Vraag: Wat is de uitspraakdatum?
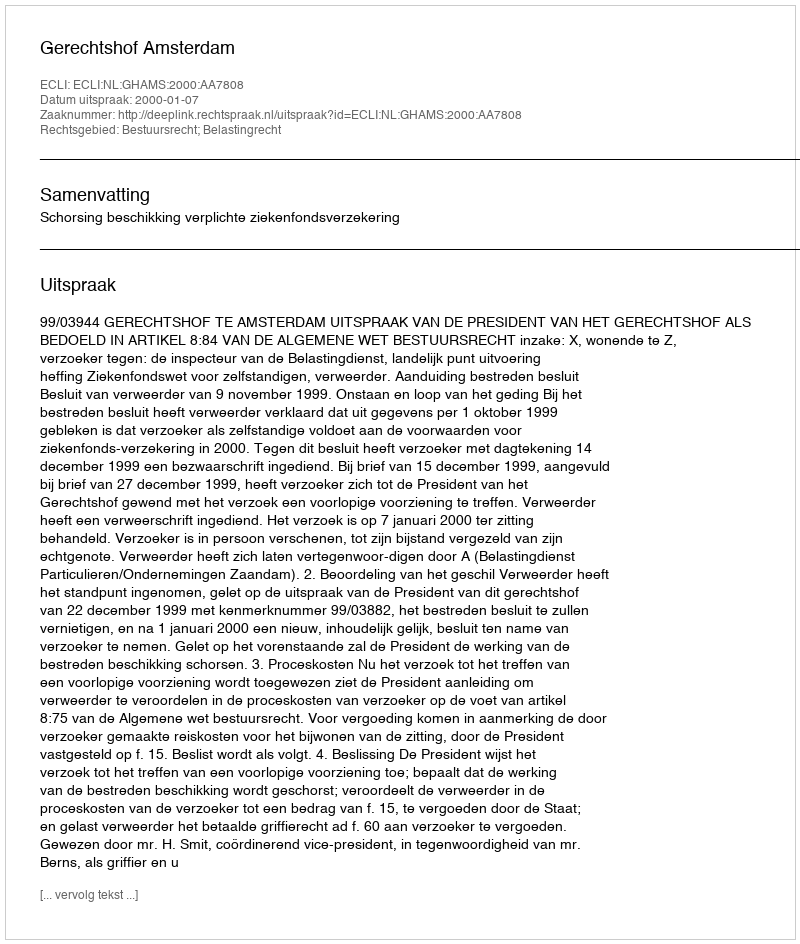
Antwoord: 2000-01-07